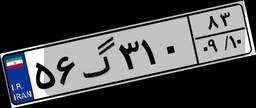
۵۶گ۳۱۰۸۳